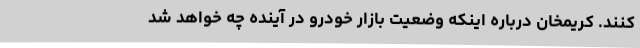
کنند. کریمخان درباره اینکه وضعیت بازار خودرو در آینده چه خواهد شد